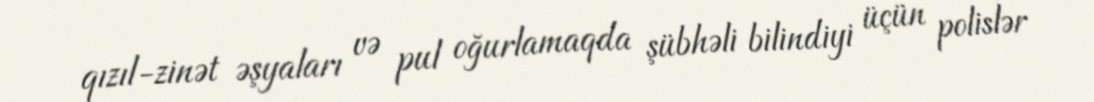
qızıl-zinət əşyaları və pul oğurlamaqda şübhəli bilindiyi üçün polislər